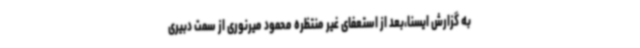
به گزارش ایسنا،بعد از استعفای غیر منتظره محمود میرنوری از سمت دبیری